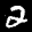
Label: 2